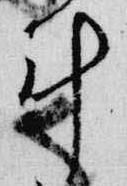
計